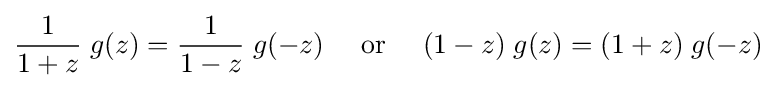
{\frac {1}{1+z}}\;g(z)={\frac {1}{1-z}}\;g(-z)\quad {\mbox{ or }}\quad (1-z)\;g(z)=(1+z)\;g(-z)